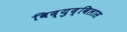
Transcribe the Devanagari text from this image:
विद्युद्विलास